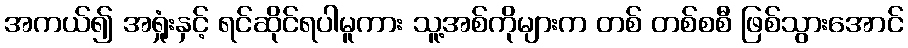
အကယ်၍ အရှုံးနှင့် ရင်ဆိုင်ရပါမူကား သူ့အစ်ကိုများက တစ် တစ်စစီ ဖြစ်သွားအောင်